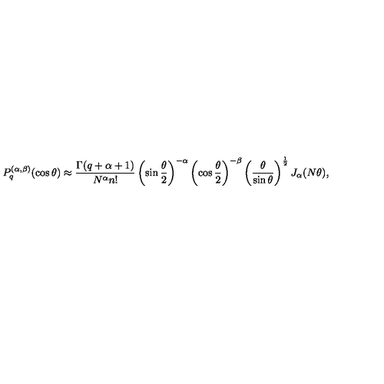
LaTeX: P _ { q } ^ { ( \alpha , \beta ) } ( \cos \theta ) \approx \frac { \Gamma ( q + \alpha + 1 ) } { N ^ { \alpha } n ! } \left( \sin \frac { \theta } 2 \right) ^ { - \alpha } \left( \cos \frac { \theta } 2 \right) ^ { - \beta } \left( \frac { \theta } { \sin \theta } \right) ^ { \frac 1 2 } J _ { \alpha } ( N \theta ) ,